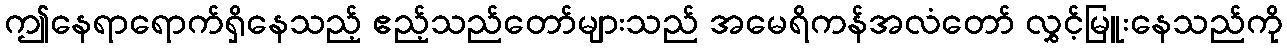
ဤနေရာရောက်ရှိနေသည့် ဧည့်သည်တော်များသည် အမေရိကန်အလံတော် လွှင့်မြူးနေသည်ကို